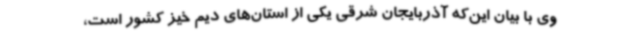
وی با بیان این‌که آذربایجان شرقی یکی از استان‌های دیم خیز کشور است،